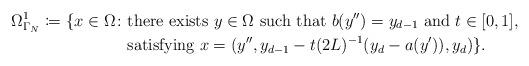
LaTeX: \begin{align*}\Omega^1_{\Gamma_N} \coloneqq\{x\in \Omega \colon & \textrm{there exists } y\in \Omega \textrm{ such that } b(y'')=y_{d-1}\textrm{ and } t\in [0,1], \\& \textrm{satisfying }x=(y'', y_{d-1} - t(2L)^{-1}(y_d-a(y')),y_d)\}.\end{align*}